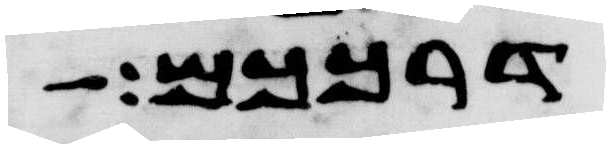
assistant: דרככם